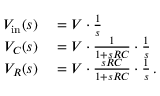
\begin{array} { r l } { V _ { \mathrm { i n } } ( s ) } & { { } = V \cdot { \frac { 1 } { s } } } \\ { V _ { C } ( s ) } & { { } = V \cdot { \frac { 1 } { 1 + s R C } } \cdot { \frac { 1 } { s } } } \\ { V _ { R } ( s ) } & { { } = V \cdot { \frac { s R C } { 1 + s R C } } \cdot { \frac { 1 } { s } } \, . } \end{array}